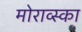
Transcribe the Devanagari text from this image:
मोराव्स्का